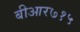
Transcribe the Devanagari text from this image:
बीआर७१५